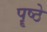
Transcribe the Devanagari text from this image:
पॄष्ठे